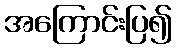
အကြောင်းပြ၍